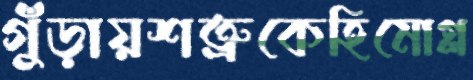
গুঁড়ায়শত্রুকেহিমোগ্ল